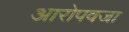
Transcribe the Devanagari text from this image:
आरोपवजा